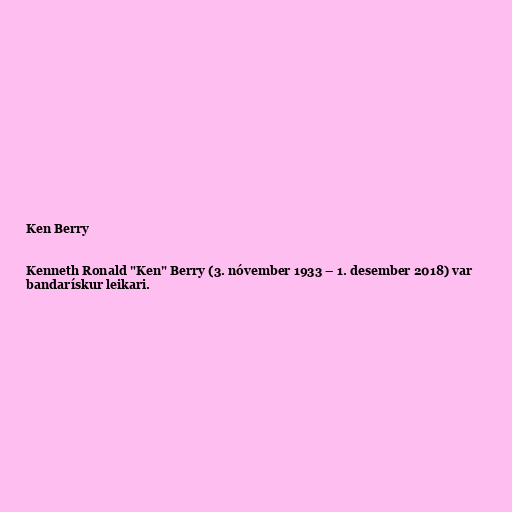
Ken Berry

Kenneth Ronald "Ken" Berry (3. nóvember 1933 – 1. desember 2018) var
bandarískur leikari.